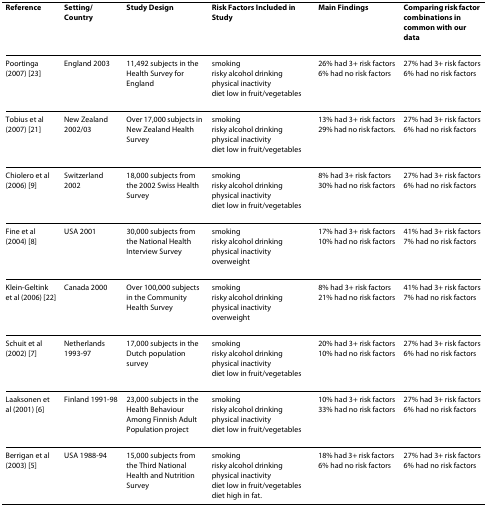
<table><thead><tr><td><b>Reference</b></td><td><b>Setting/Country</b></td><td><b>Study Design</b></td><td><b>Risk Factors Included in Study</b></td><td><b>Main Findings</b></td><td><b>Comparing risk factor combinations in common with our data</b></td></tr></thead><tbody><tr><td>Poortinga (2007) [23]</td><td>England 2003</td><td>11,492 subjects in the Health Survey for England</td><td>smokingrisky alcohol drinkingphysical inactivitydiet low in fruit/vegetables</td><td>26% had 3+ risk factors6% had no risk factors</td><td>27% had 3+ risk factors6% had no risk factors</td></tr><tr><td>Tobius et al (2007) [21]</td><td>New Zealand 2002/03</td><td>Over 17,000 subjects in New Zealand Health Survey</td><td>smokingrisky alcohol drinkingphysical inactivitydiet low in fruit/vegetables</td><td>13% had 3+ risk factors29% had no risk factors.</td><td>27% had 3+ risk factors6% had no risk factors</td></tr><tr><td>Chiolero et al (2006) [9]</td><td>Switzerland 2002</td><td>18,000 subjects from the 2002 Swiss Health Survey</td><td>smokingrisky alcohol drinkingphysical inactivitydiet low in fruit/vegetables</td><td>8% had 3+ risk factors30% had no risk factors</td><td>27% had 3+ risk factors6% had no risk factors</td></tr><tr><td>Fine et al (2004) [8]</td><td>USA 2001</td><td>30,000 subjects from the National Health Interview Survey</td><td>smokingrisky alcohol drinkingphysical inactivityoverweight</td><td>17% had 3+ risk factors10% had no risk factors</td><td>41% had 3+ risk factors7% had no risk factors</td></tr><tr><td>Klein-Geltink et al (2006) [22]</td><td>Canada 2000</td><td>Over 100,000 subjects in the Community Health Survey</td><td>smokingrisky alcohol drinkingphysical inactivityoverweight</td><td>8% had 3+ risk factors21% had no risk factors</td><td>41% had 3+ risk factors7% had no risk factors</td></tr><tr><td>Schuit et al (2002) [7]</td><td>Netherlands 1993-97</td><td>17,000 subjects in the Dutch population survey</td><td>smokingrisky alcohol drinkingphysical inactivitydiet low in fruit/vegetables</td><td>20% had 3+ risk factors10% had no risk factors</td><td>27% had 3+ risk factors6% had no risk factors</td></tr><tr><td>Laaksonen et al (2001) [6]</td><td>Finland 1991-98</td><td>23,000 subjects in the Health Behaviour Among Finnish Adult Population project</td><td>smokingrisky alcohol drinkingphysical inactivitydiet low in fruit/vegetables</td><td>10% had 3+ risk factors33% had no risk factors</td><td>27% had 3+ risk factors6% had no risk factors</td></tr><tr><td>Berrigan et al (2003) [5]</td><td>USA 1988-94</td><td>15,000 subjects from the Third National Health and Nutrition Survey</td><td>smokingrisky alcohol drinkingphysical inactivitydiet low in fruit/vegetablesdiet high in fat.</td><td>18% had 3+ risk factors 6% had no risk factors</td><td>27% had 3+ risk factors6% had no risk factors</td></tr></tbody></table>